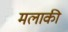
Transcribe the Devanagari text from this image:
मलाकी